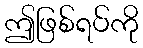
ဤဖြစ်ရပ်ကို